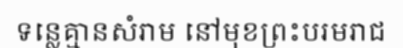
ទន្លេគ្មានសំរាម នៅមុខព្រះបរមរាជ